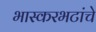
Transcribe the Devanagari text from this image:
भास्करभटांचे